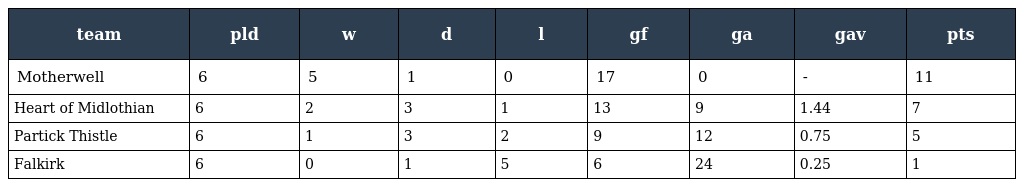
| team | pld | w | d | l | gf | ga | gav | pts |
 | --- | --- | --- | --- | --- | --- | --- | --- | --- |
 | Motherwell | 6 | 5 | 1 | 0 | 17 | 0 | - | 11 |
 | Heart of Midlothian | 6 | 2 | 3 | 1 | 13 | 9 | 1.44 | 7 |
 | Partick Thistle | 6 | 1 | 3 | 2 | 9 | 12 | 0.75 | 5 |
 | Falkirk | 6 | 0 | 1 | 5 | 6 | 24 | 0.25 | 1 |